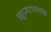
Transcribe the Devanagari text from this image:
सृजत्यवति